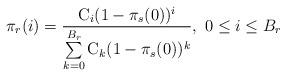
LaTeX: \begin{align*}\pi_r(i)=\frac{\mathrm{C}_i (1-\pi_s(0))^i}{\sum\limits_{k=0}^{B_r}{\mathrm{C}_k (1-\pi_s(0))^k}}, \ 0 \leq i \leq B_r \end{align*}